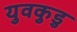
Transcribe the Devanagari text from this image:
युवकुडु